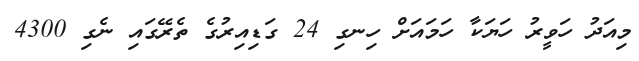
މިއަދު ހަވީރު ހަޔަކާ ހަމައަށް ހިނގި 24 ގަޑިއިރުގެ ތެރޭގައި ނެގި 4300